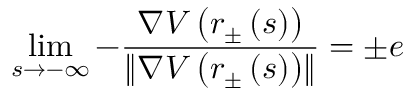
\operatorname* { l i m } _ { s \rightarrow - \infty } - \frac { \nabla V \left( r _ { \pm } \left( s \right) \right) } { \left\| \nabla V \left( r _ { \pm } \left( s \right) \right) \right\| } = \pm e